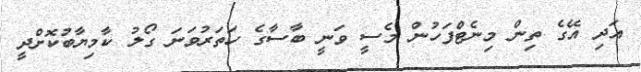
އަދި އޭގެ ތިން މިނެޓްފަހުން މެސީ ވަނީ ބާސާގެ ހަތަރުވަނަ ގޯލު ކާމިޔާބުކޮށްދީ